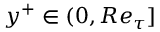
y ^ { + } \in ( 0 , R e _ { \tau } ]